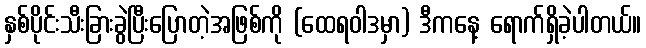
နှစ်ပိုင်းသီးခြားခွဲပြီးပြောတဲ့အဖြစ်ကို (ထေရဝါဒမှာ) ဒီကနေ့ ရောက်ရှိခဲ့ပါတယ်။